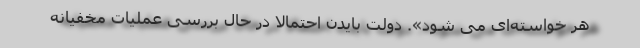
هر خواسته‌ای می شود». دولت بایدن احتمالا در حال بررسی عملیات مخفیانه